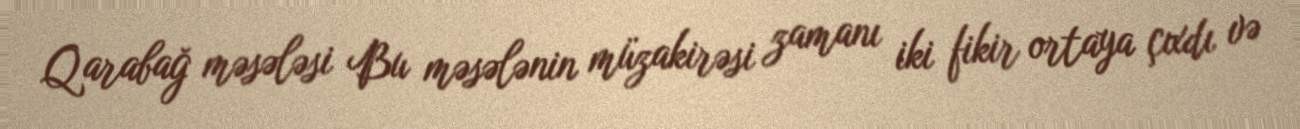
Qarabağ məsələsi Bu məsələnin müzakirəsi zamanı iki fikir ortaya çıxdı və